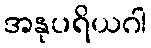
အနုပရိယဂါ